Scientific memoirs by medical officers of the Army of India - Part XII,
Year: 1901
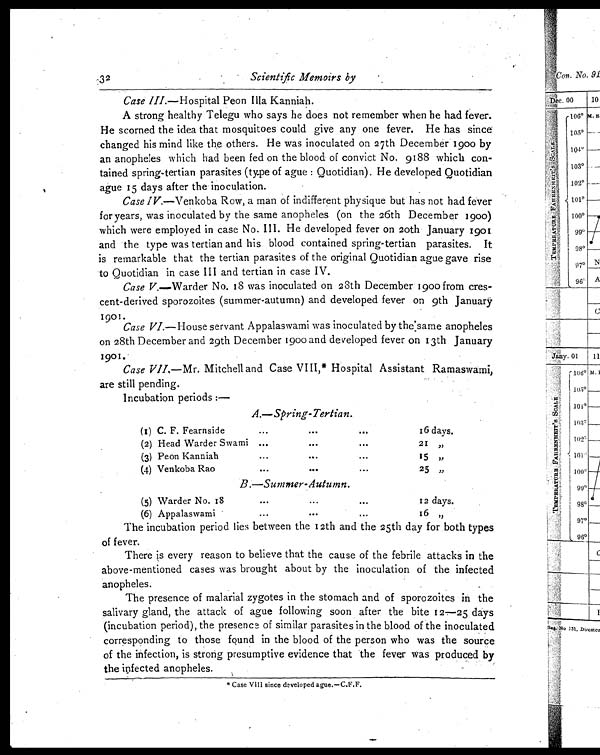
32
Scientific Memoirs by
Case III. —Hospital Peon Illa Kanniah.
A strong healthy Telegu who says he does not remember when he had fever.
He scorned the idea that mosquitoes could give any one fever. He has since
changed his mind like the others. He was inoculated on 27th December 1900 by
an anopheles which had been fed on the blood of convict No. 9188 which con-
tained spring-tertian parasites (type of ague : Quotidian). He developed Quotidian
ague 15 days after the inoculation.
Case IV.— Venkoba Row, a man of indifferent physique but has not had fever
for years, was inoculated by the same anopheles (on the 26th December 1900)
which were employed in case No. III. He developed fever on 20th January 1901
and the type was tertian and his blood contained spring-tertian parasites. It
is remarkable that the tertian parasites of the original Quotidian ague gave rise
to Quotidian in case III and tertian in case IV.
Case V. —Warder No. 18 was inoculated on 28th December 1900 from cres-
cent-derived sporozoites (summer-autumn) and developed fever on 9th January
1901.
Case VI. — H o u s e s e r v a n t A p p a l a s w a m i w a s i n o c u l a t e d b y t h e s a m e a n o p h e l e s
on 28th December and 29th December 1900 and developed fever on 13th January
1901.
Case VII. —Mr. Mitchell and Case VIII,* Hospital Assistant Ramaswami,
are still pending.
Incubation periods :—
A.—Spring-Tertian.
(1) C. F. Fearnside
. . .
. . .
. . .
16 days.
(2) Head Warder Swami ...
. . .
. . .
21 , ,
(3) Peon Kanniah
. . .
. . .
. . .
15 , ,
(4) Venkoba Rao
. . .
. . .
. . .
25 „
B.—Summer-Autumn.
(5) Warder No. 18
. . .
...
. . .
12 days.
(6) Appalaswami
. . .
. . .
. . .
16 ,,
The incubation period lies between the 12th and the 25th day tor both types
of fever.
There is every reason to believe that the cause of the febrile attacks in the
above-mentioned cases was brought about by the inoculation of the infected
anopheles.
The presence of malarial zygotes in the stomach and of sporozoites in the
salivary gland, the attack of ague following soon after the bite 12—25 days
(incubation period), the presence of similar parasites in the blood of the inoculated
corresponding to those found in the blood of the person who was the source
of the infection, is strong presumptive evidence that the fever was produced by
the infected anopheles.
* C a s e V I I I s i n c e d e v e l o p e d a g u e . — C . F . F .